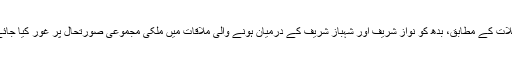
تفصیلات کے مطابق، بدھ کو نواز شریف اور شہباز شریف کے درمیان ہونے والی ملاقات میں ملکی مجموعی صورتحال پر غور کیا جائے گا۔